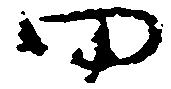
田